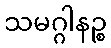
သမဂ္ဂါနဉ္စ